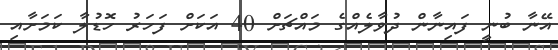
އޭނާ ބުނީ ފައިނާން ދުވާލެއްގެ މައްޗަށް 40 އަކަށް ފަހަރު ހޮޑުލާ ކަމަށާއި